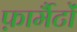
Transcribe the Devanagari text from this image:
फ़ार्मैटों